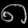
Digit: ၈